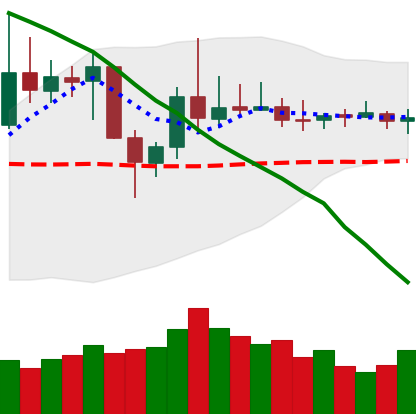
Ticker: DOGE-USD
Chart end date: 2019-11-05
Forward return: 5.755%
Label: up_5_7